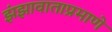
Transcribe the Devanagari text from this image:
झंझावाताप्रमाणे